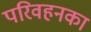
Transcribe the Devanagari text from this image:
परिवहनका